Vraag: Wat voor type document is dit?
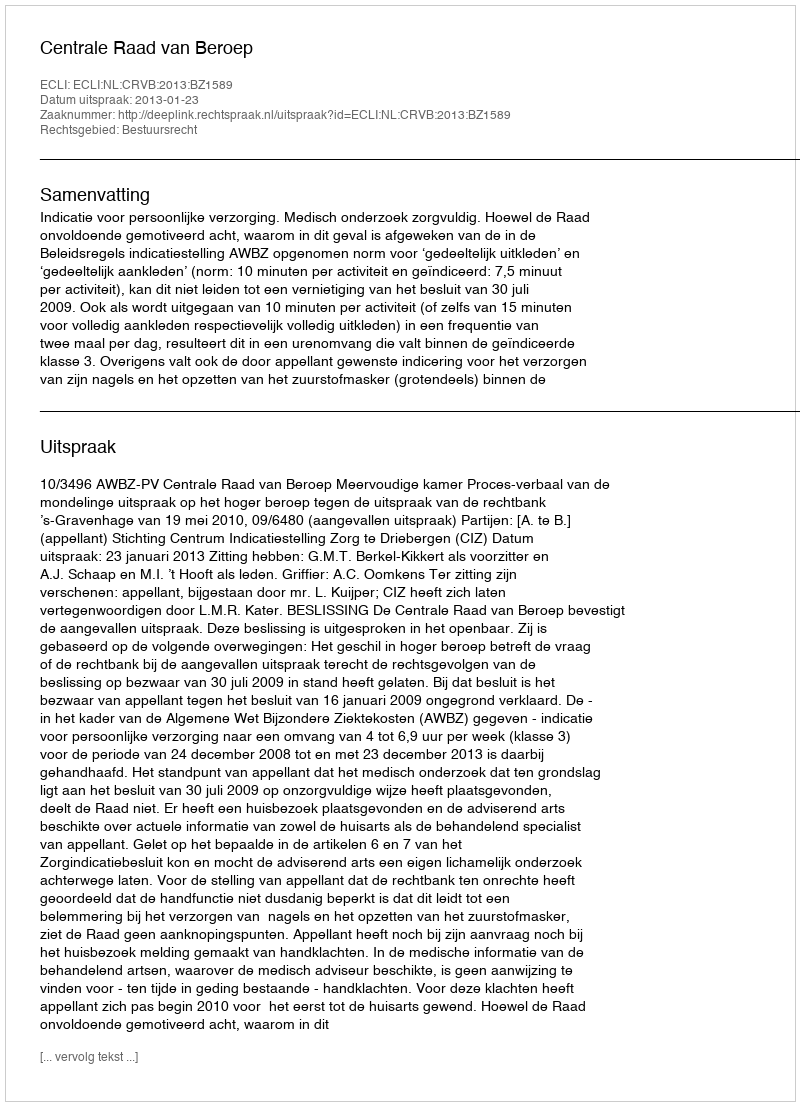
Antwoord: Uitspraak